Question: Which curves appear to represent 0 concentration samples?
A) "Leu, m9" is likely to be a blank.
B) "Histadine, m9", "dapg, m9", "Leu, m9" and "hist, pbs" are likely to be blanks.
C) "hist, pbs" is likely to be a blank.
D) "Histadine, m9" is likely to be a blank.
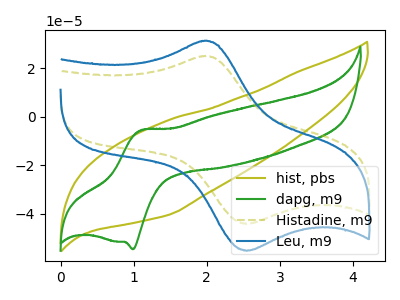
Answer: <think>The olive curve "hist, pbs" has no peaks. The green curve "dapg, m9" has an anodic peak at (1.10V, -5.55uA) and a cathodic peak at (1.00V, -54.65uA). The olive dashed curve "Histadine, m9" has an anodic peak at (1.95V, 25.00uA) and a cathodic peak at (2.55V, -44.20uA). The blue curve "Leu, m9" has an anodic peak at (1.95V, 31.30uA) and a cathodic peak at (2.55V, -55.30uA).</think>
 <answer>C) "hist, pbs" is likely to be a blank.</answer>
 <eval>C</eval>